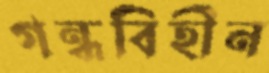
গন্ধবিহীন